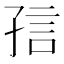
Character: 𡥪